Civil Veterinary Department Bihar reports 1940-50 - 1940-1950
Year: 1940
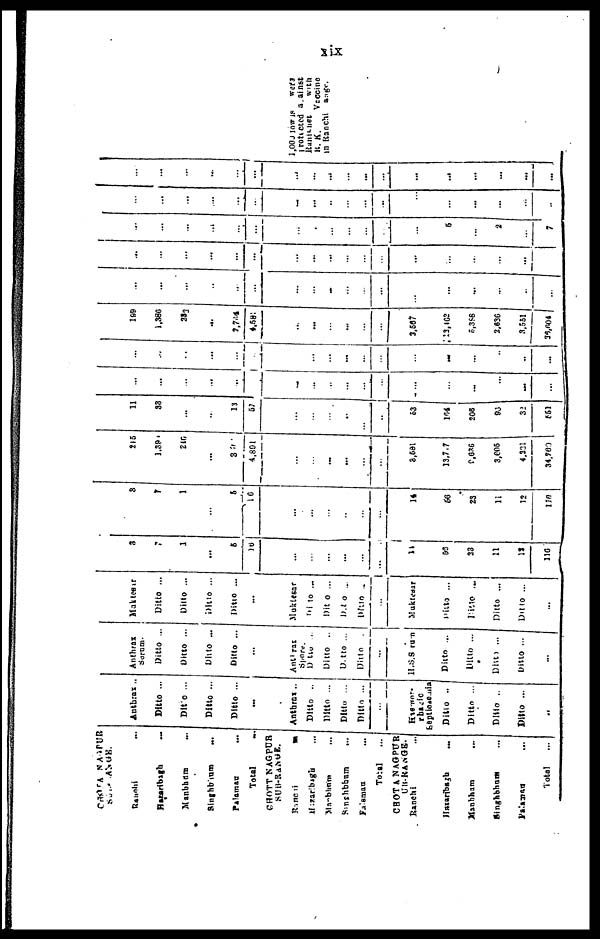
xix
CHOTA NAGPUR
SUB-RANGE.
Ranchi ...
Hazaribagh ...
Manbhum ...
Singhbhum
...
Palamau
...
Total ...
CHOTT NAGPUR
SUB-RANGE.
Hazaribagh
Manbhum
...
Singhbhum
...
Falsmau ..
Total
...
CHOTA NAGPUR
UB-RANGE.
Ranchi ...
Hazaribagh
...
Manbhum ...
Singhbhum ...
Palamau ...
Total ...
Anthrax ..
Ditto ...
Ditto ...
Ditto ...
Ditto ...
...
Anthrax ..
Ditto ..
Ditto ...
Ditto ...
Ditto ...
...
Haemor-
rhagic
Septicaemia
Ditto ..
Ditto ...
Ditto ..
Ditto ...
...
Anthrax
Serum.
Ditto ...
Ditto ...
Ditto ...
Ditto ...
...
Anthrax
Spore.
Ditto ...
Ditto ..
Ditto ...
Ditto .
...
H.S.S rum
Ditto ...
Ditto ...
Ditto
...
Ditto ...
...
Muktesar
Ditto ...
Ditto ...
Ditto ...
Ditto ...
...
Muktesar
Ditto ...
Ditto ...
Ditto ...
Ditto ..
...
Muktesar
Ditto ...
Ditto
...
Ditto ...
Ditto ...
...
3
7
1
...
6
16
...
...
...
...
...
...
14
53
23
11
12
116
3
7
1
...
5
16
...
...
...
...
...
...
14
56
23
11
12
110
215
1,39
240
...
39
4,891
...
...
...
...
...
...
3,691
13,7,
7
9,636
3,605
4,221
34,760
11
33
...
...
13 57
...
...
...
...
...
...
53
104
208
93
32
f61
...
...
...
...
...
...
...
...
...
...
...
...
...
...
...
...
...
...
...
...
...
...
...
...
...
...
...
...
...
...
...
...
...
...
..
...
198
1,386
232
...
2,764
4,581
...
...
...
...
...
...
3,567
13,462
5,358
2,636
3,551
36,604
...
...
...
...
...
...
...
...
...
...
...
...
...
...
...
...
...
...
...
...
...
...
...
...
...
...
...
...
...
...
...
...
...
...
...
...
...
...
...
...
...
...
...
...
...
...
...
...
...
5
...
2
...
7
...
...
...
...
...
...
...
...
...
...
...
...
...
...
...
...
...
...
...
...
...
...
...
...
...
...
...
...
...
...
...
...
...
...
...
...
1,000 LOW IS WERE
rotected against
Ranikhet
with
R. K.
Veccine
in Ranchi
rage.